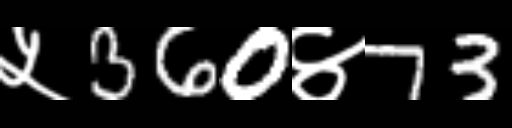
Text: ५360४73